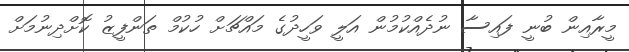
މީރާއިން ބުނީ ފައިސާ ނުދެއްކުމުން އަލީ ވަހީދުގެ މައްޗަށް ހުކުމް ތަންފީޒު ކޮށްދިނުމަށް